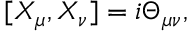
[ X _ { \mu } , X _ { \nu } ] = i \Theta _ { \mu \nu } ,